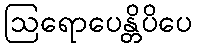
ဩရောပေန္တိပိပေ